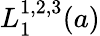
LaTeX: L_{1}^{1,2,3}(a)